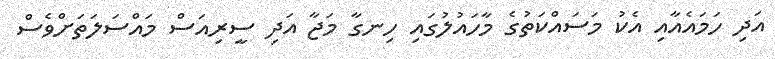
އަދި ހަމައެއާއި އެކު މަސައްކަތުގެ މާހައުލުގައި ހިނގާ މަޖާ އަދި ސީރިއަސް މައްސަލަތަށްވެސް